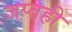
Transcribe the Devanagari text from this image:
जप्‍तही